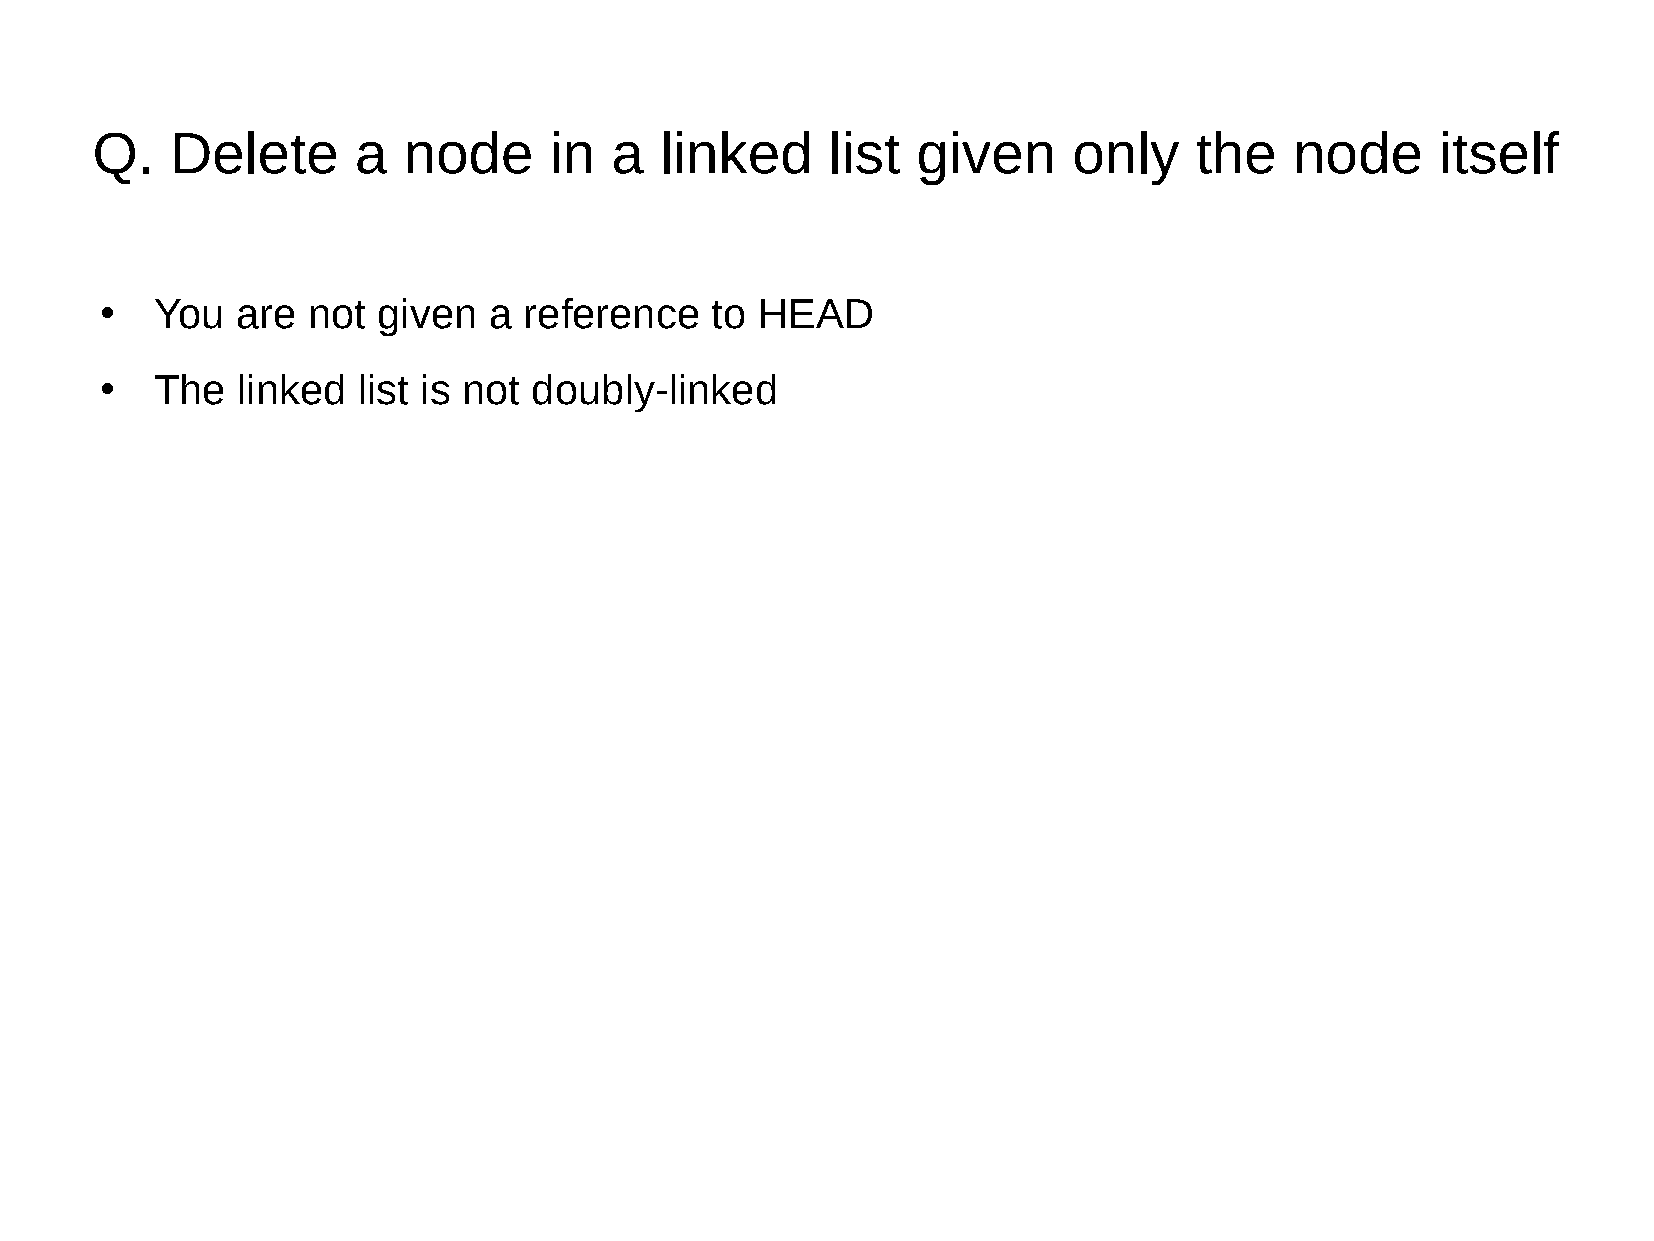
Q.   Delete      a   node     in  a   linked     list  given     only    the    node     itself
 You   are not  given  a  reference   to HEAD
 ●
 The   linked  list is not doubly-linked
 ●